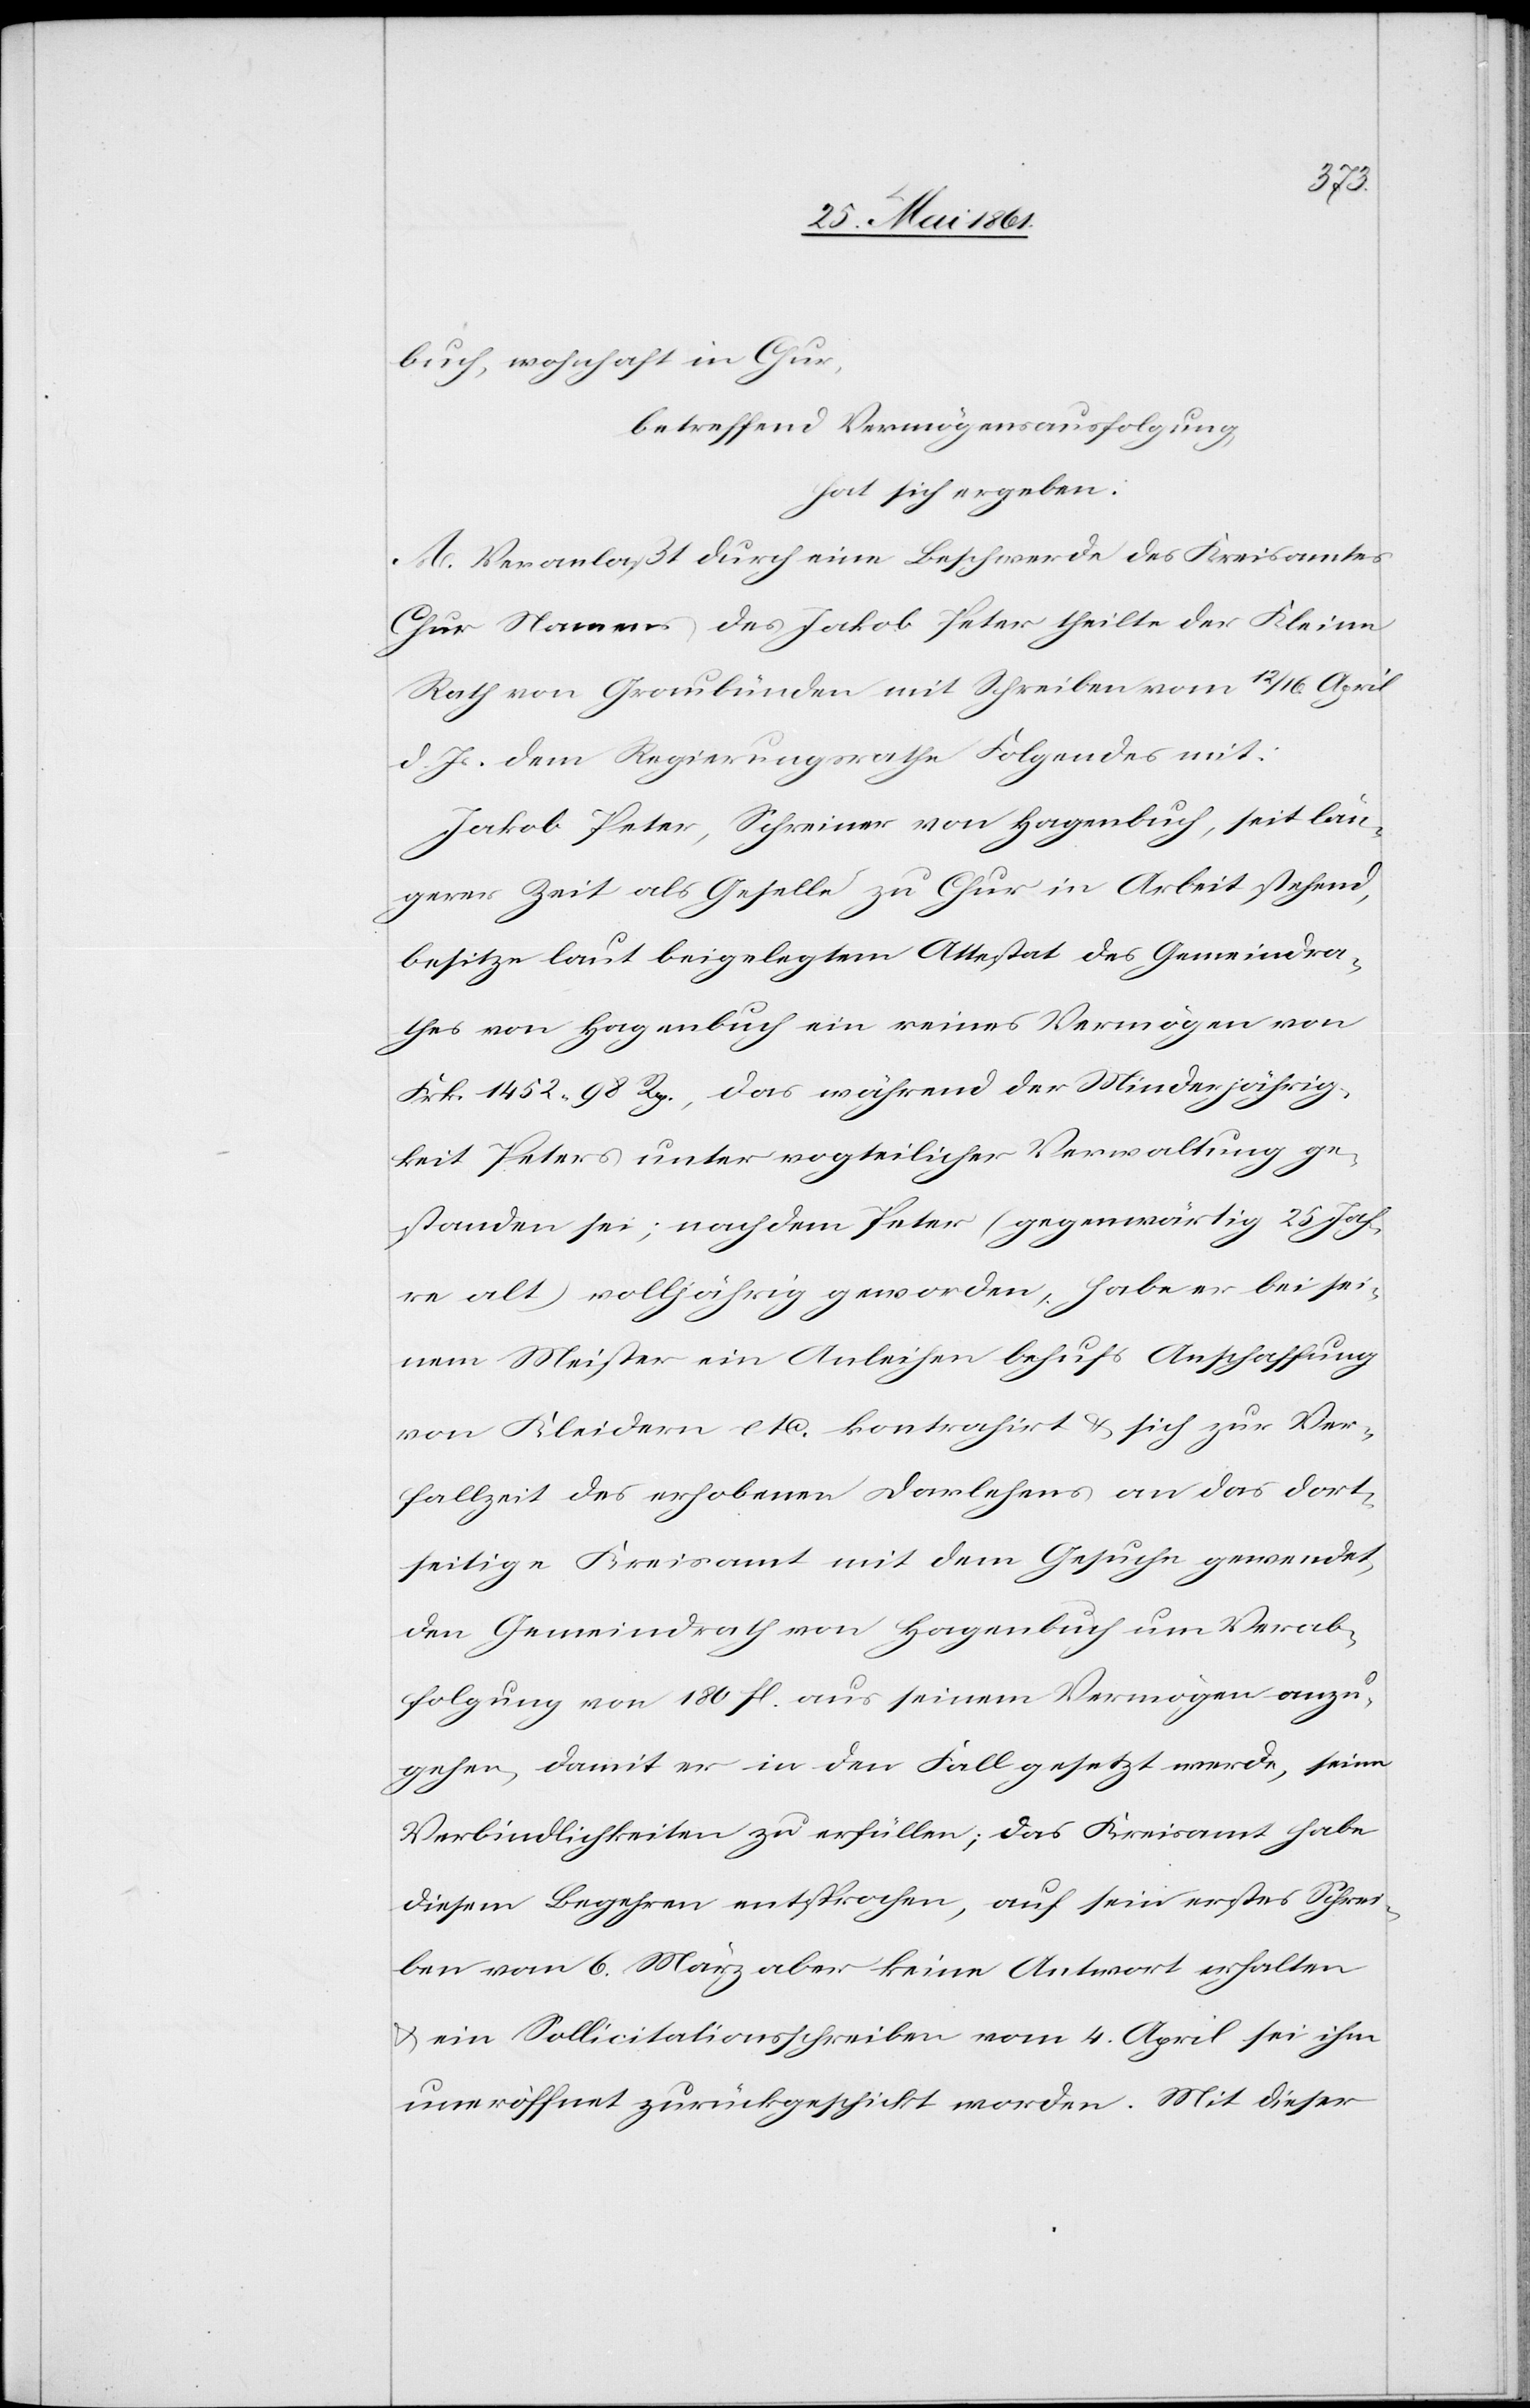
buch, wohnhaft in Chur,
betreffend Vermögensausfolgung,
hat sich ergeben:
A. Veranlaßt durch eine Beschwerde des Kreisamtes
Chur Namens des Jakob Peter ertheilte der Kleine
Rath von Graubünden mit Schreiben vom 12./16. April
d. Js. dem Regierungsrathe Folgendes mit:
Jakob Peter, Schreiner von Hagenbuch, seit län¬
gerer Zeit als Geselle zu Chur in Arbeit stehend,
besitze laut beigelegtem Attestat des Gemeindra¬
thes von Hagenbuch ein reines Vermögen von
Frk. 1452 98 Rp., das während der Minderjährig¬
keit Peters unter vogteilicher Verwaltung ge¬
standen sei; nachdem Peter (gegenwärtig 25 Jah¬
re alt) volljährig geworden, habe er bei sei¬
nem Meister ein Anleihen behufs Anschaffung
von Kleidern etc. kontrahirt u. sich zur Ver¬
fallzeit des erhobenen Darlehens an das dort¬
seitige Kreisamt mit dem Gesuche gewendet,
den Gemeindrath von Hagenbuch um Verab¬
reichung von 180 fl. aus seinem Vermögen anzu¬
gehen, damit er in den Fall gesetzt werde, seine
Verbindlichkeiten zu erfüllen; das Kreisamt habe
diesem Begehren entsprochen, auf sein erstes Schrei¬
ben vom 6. März aber keine Antwort erhalten
u. ein Sollicitationsschreiben vom 4. April sei ihm
uneröffnet zurückgeschickt worden. Mit dieser